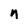
Character: n